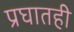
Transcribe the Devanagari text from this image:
प्रघातही